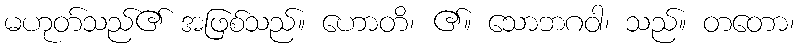
မဟုတ်သည်၏ အဖြစ်သည်။ ဟောတိ၊ ၏။ သောဘဂဝါ၊ သည်။ တတော၊